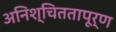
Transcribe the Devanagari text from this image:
अनिश्चिततापूर्ण